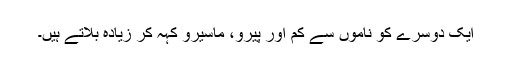
ایک دوسرے کو ناموں سے کم اور پیرو، ماسیرو کہہ کر زیادہ بلاتے ہیں۔